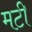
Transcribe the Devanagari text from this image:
मटी